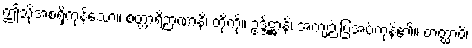
ဤသို့အစရှိကုန်သော။ စတ္တာရိဉာဏာနိ၊ တို့ကို။ ဥဒ္ဒိဋ္ဌာနိ၊ အကျဉ်းပြအပ်ကုန်၏။ တတ္ထာပိ၊